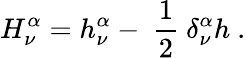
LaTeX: H_{\nu}^{\alpha}=h_{\nu}^{\alpha}-\ \frac{1}{2}\ \delta_{\nu}^{\alpha}h\ .